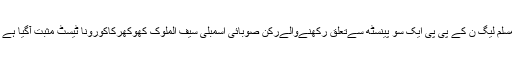
مسلم لیگ ن کے پی پی ایک سو پینسٹھ سےتعلق رکھنےوالےرکن صوبائی اسمبلی سیف الملوک کھوکھرکاکورونا ٹیسٹ مثبت آگیا ہے ۔